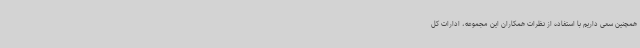
همچنین سعی داریم با استفاده از نظرات همکاران این مجموعه، ادارات کل